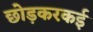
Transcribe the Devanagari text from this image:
छोड़करकई